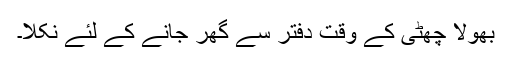
بھولا چھٹی کے وقت دفتر سے گھر جانے کے لئے نکلا۔